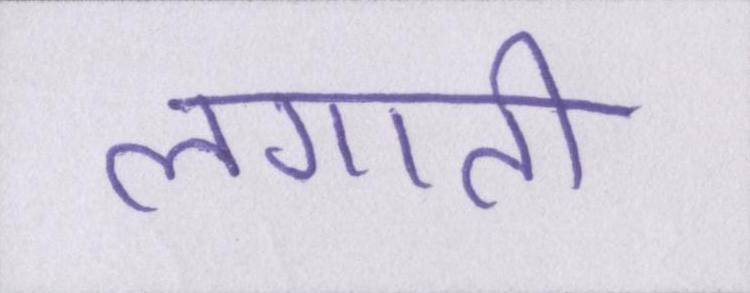
लगाती